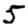
Digit: 5